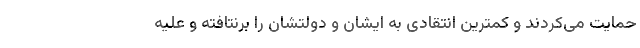
حمایت می‌کردند و کمترین انتقادی به ایشان و دولتشان را برنتافته و علیه